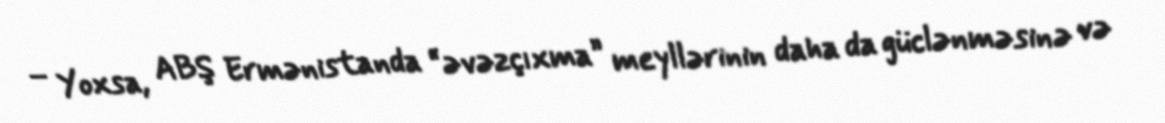
– Yoxsa, ABŞ Ermənistanda “əvəzçıxma” meyllərinin daha da güclənməsinə və